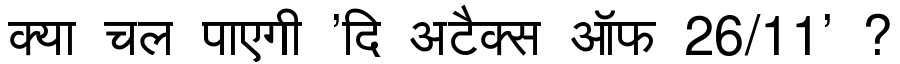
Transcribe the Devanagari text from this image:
क्या चल पाएगी 'दि अटैक्स ऑफ 26/11' ?